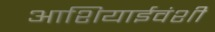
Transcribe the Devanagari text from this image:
आशियाईवंशी